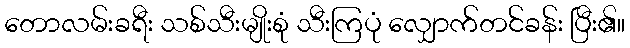
တောလမ်းခရီး သစ်သီးမျိုးစုံ သီးကြပုံ လျှောက်တင်ခန်း ပြီး၏။